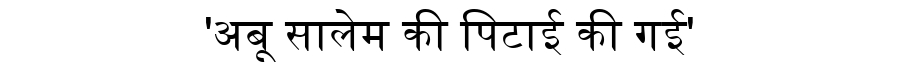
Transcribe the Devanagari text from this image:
'अबू सालेम की पिटाई की गई'